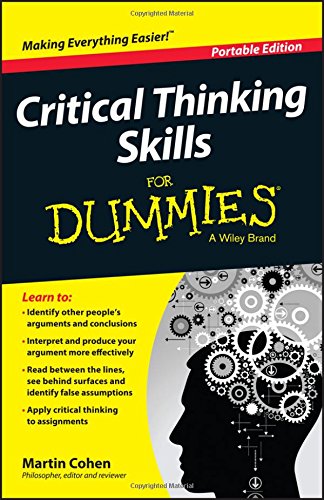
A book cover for Critical Thinking Skills For Dummies; Martin Cohen; Test Preparation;